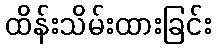
ထိန်းသိမ်းထားခြင်း